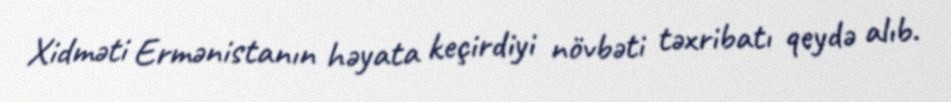
Xidməti Ermənistanın həyata keçirdiyi növbəti təxribatı qeydə alıb.